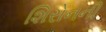
શિરોનની